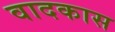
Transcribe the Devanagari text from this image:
वादकास